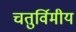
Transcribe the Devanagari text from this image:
चतुर्विमीय